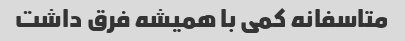
متاسفانه کمی با همیشه فرق داشت